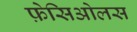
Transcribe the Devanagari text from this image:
फ़ेसिओलस